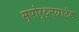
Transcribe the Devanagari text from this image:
स्पोर्ट्सग्राउंड